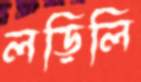
লড়িলি